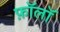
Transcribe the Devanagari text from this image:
फ़ॉलॉ